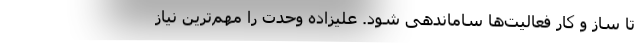
تا ساز و کار فعالیت‌ها ساماندهی شود. علیزاده وحدت را مهم‌ترین نیاز